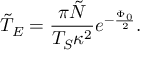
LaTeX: \tilde { T } _ { E } = \frac { \pi \tilde { N } } { T _ { S } \kappa ^ { 2 } } e ^ { - \frac { \Phi _ { 0 } } { 2 } } .